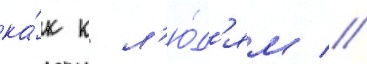
ка́к к л'ю́д'ям //